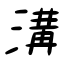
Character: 溝